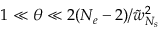
1 \ll \theta \ll 2 ( N _ { e } - 2 ) / \tilde { w } _ { N _ { s } } ^ { 2 }